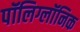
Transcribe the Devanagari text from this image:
पॉलिग्लॉनिक